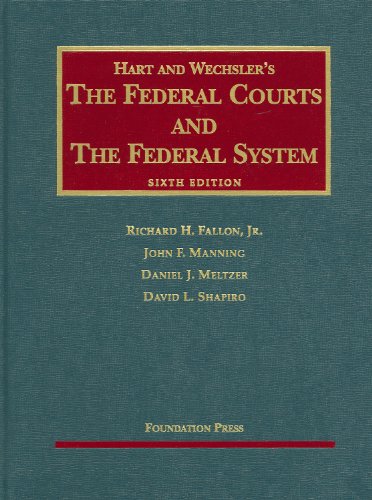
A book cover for The Federal Courts and the Federal System, 6th Edition; Richard H. Fallon Jr.; Law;